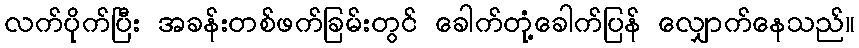
လက်ပိုက်ပြီး အခန်းတစ်ဖက်ခြမ်းတွင် ခေါက်တုံ့ခေါက်ပြန် လျှောက်နေသည်။